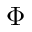
\Phi